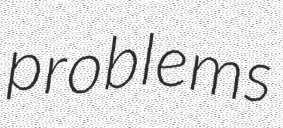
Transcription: problems